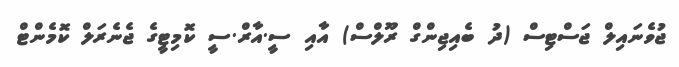
ޖުވެނައިލް ޖަސްޓިސް (ދު ބެއިޖިންގް ރޫލްސް) އާއި ސީ.އާރް.ސީ ކޮމިޓީގެ ޖެނެރަލް ކޮމެންޓް